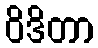
ဝိဒိတာ